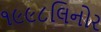
૧૯૯૮લિનોર